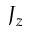
J _ { z }